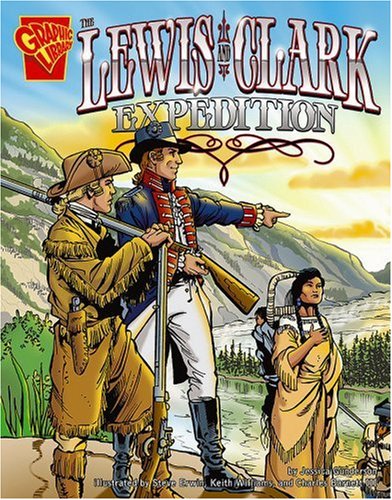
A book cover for The Lewis and Clark Expedition (Graphic History); Jessica Gunderson; Children's Books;